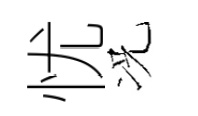
忧况